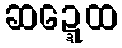
ဆဍ္ဍေထ